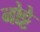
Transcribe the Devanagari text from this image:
नोट्टे